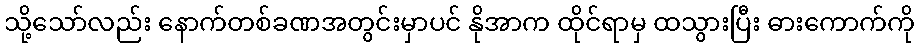
သို့သော်လည်း နောက်တစ်ခဏအတွင်းမှာပင် နိုအာက ထိုင်ရာမှ ထသွားပြီး ဓားကောက်ကို